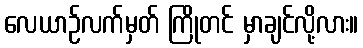
လေယာဉ်လက်မှတ် ကြိုတင် မှာချင်လို့လား။